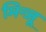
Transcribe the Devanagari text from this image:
मिन्जू